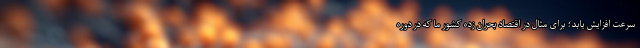
سرعت افزایش یابد؛ برای مثال در اقتصاد بحران زده کشور ما که در دوره